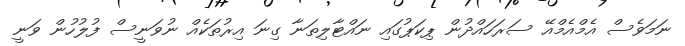
ނަމަވެސް އެމްއެމްއޭ ސަރަހައްދުން ޕިކަޕުގައި ނައްޓާލިތަނާ ގިނަ އިރުތަކެއް ނުވަނީސް ފުލުހުން ވަނީ